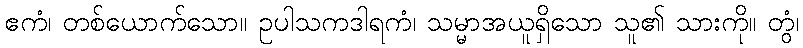
ဧကံ၊ တစ်ယောက်သော။ ဥပါသကဒါရကံ၊ သမ္မာအယူရှိသော သူ၏ သားကို။ တွံ၊